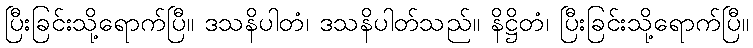
ပြီးခြင်းသို့ရောက်ပြီ။ ဒသနိပါတံ၊ ဒသနိပါတ်သည်။ နိဋ္ဌိတံ၊ ပြီးခြင်းသို့ရောက်ပြီ။